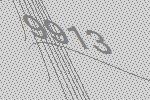
9913